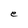
Character: e